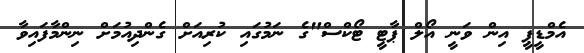
އެމްޑީޕީ އިން ވަނީ އޯލް ޕާޓީ ޓޯކްސް"ގެ ނަމުގައި ކުރިއަށް ގެންދިއުމަށް ނިންމާފައިވާ